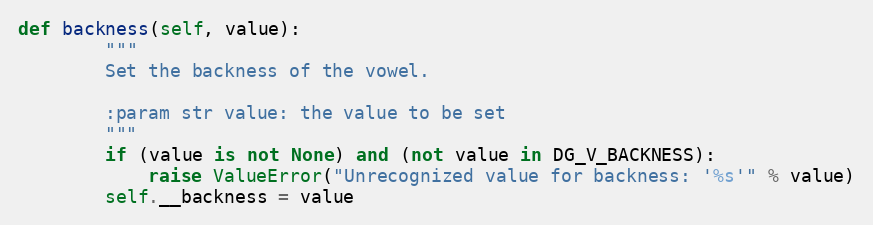
Language: Python
def backness(self, value):
        """
        Set the backness of the vowel.

        :param str value: the value to be set
        """
        if (value is not None) and (not value in DG_V_BACKNESS):
            raise ValueError("Unrecognized value for backness: '%s'" % value)
        self.__backness = value